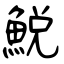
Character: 鮵